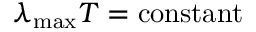
\lambda _ { \mathrm { m a x } } T = \mathrm { c o n s t a n t }